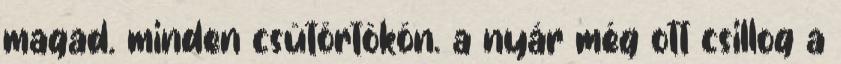
magad. minden csütörtökön. a nyár még ott csillog a